Report of an investigation of the epidemic of malarial fever in Assam, or, kala-azar
Disease focus: Malaria
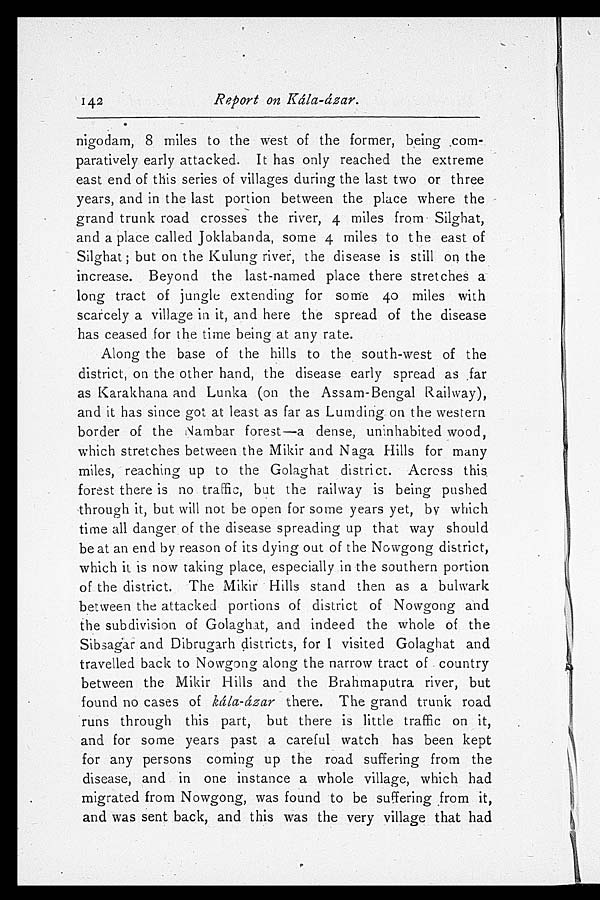
142
Report on Kála-ázar.
nigodam, 8, miles to the west of the former, being com
- p a r a t i v e l y e a r l y a t t a c k e d . I t h a s o n l y r e a c h e d t h e e x t r e m e
east end of this series of villages during the last two or three
years, and in the last portion between the place where the
grand trunk road crosses the river, 4 miles from Silghat,
and a place called Joklabanda, some 4 miles to the east of
Silghat; but on the Kulung river, the disease is still on the
increase. Beyond the last-named place there stretches a
long tract of jungle extending for some 40 miles with
scarcely a village in it, and here the spread of the disease
has ceased for the time being at any rate.
Along the base of the hills to the south-west of the
district, on the other hand, the disease early spread as ,far
as Karakhana and Lunka (on the Assam-Bengal Railway),
and it has since got at least as far as Lurnding on the western
border of the Nambar forest—a dense, uninhabited wood,
which stretches between the Mikir and Naga Hills for many
miles, reaching up to the Golaghat district. Across this
forest there is no traffic, but the railway is being pushed
through it, but will not be open for some years yet, by which
time all danger of the disease spreading up that way should
be at an end by reason of its dying out of the Nowgong district,
which it is now taking place, especially in the southern portion
of the district. The Mikir Hills stand then as a bulwark
between the attacked portions of district of Nowgong and
the subdivision of Golaghat, and indeed the whole of the
Sibsagar and Dibrugarh districts, for I visited Golaghat a n d
travelled back to Nowgong along the narrow tract of country
between the Mikir Hills and the Brahmaputra river, but
found no cases of kála-ázar there. The grand trunk road
runs through this part, but there is little traffic on it,
and for some years past a careful watch has been kept
for any persons coming up the road suffering from the
disease, and in one instance a whole village, which had
migrated from Nowgong, was found to be suffering from it,
and was sent back, and this was the very village that had